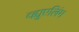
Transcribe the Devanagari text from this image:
व्ह्युएलिंग